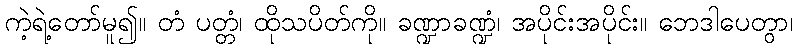
ကဲ့ရဲ့တော်မူ၍။ တံ ပတ္တံ၊ ထိုသပိတ်ကို။ ခဏ္ဍာခဏ္ဍံ၊ အပိုင်းအပိုင်း။ ဘေဒါပေတွာ၊